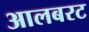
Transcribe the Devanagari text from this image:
आलबरट